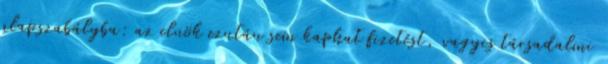
alapszabályba: az elnök ezután sem kaphat fizetést, vagyis társadalmi